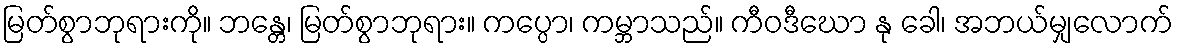
မြတ်စွာဘုရားကို။ ဘန္တေ၊ မြတ်စွာဘုရား။ ကပ္ပော၊ ကမ္ဘာသည်။ ကီဝဒီဃော နု ခေါ၊ အဘယ်မျှလောက်